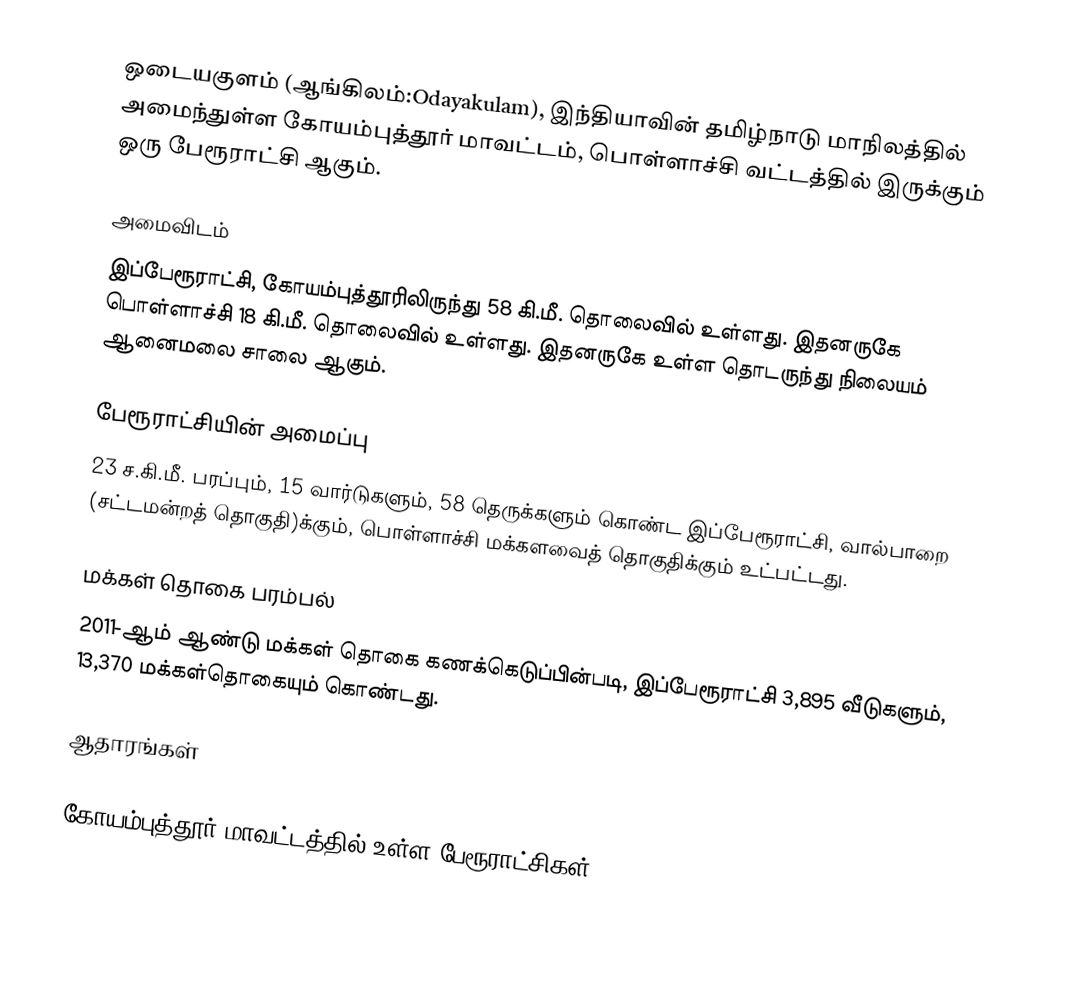
ஒடையகுளம் (ஆங்கிலம்:Odayakulam), இந்தியாவின் தமிழ்நாடு மாநிலத்தில் அமைந்துள்ள கோயம்புத்தூர் மாவட்டம், பொள்ளாச்சி வட்டத்தில் இருக்கும் ஒரு பேரூராட்சி ஆகும்.

அமைவிடம்
இப்பேரூராட்சி, கோயம்புத்தூரிலிருந்து 58 கி.மீ. தொலைவில் உள்ளது. இதனருகே பொள்ளாச்சி 18 கி.மீ. தொலைவில் உள்ளது. இதனருகே உள்ள தொடருந்து நிலையம் ஆனைமலை சாலை ஆகும்.

பேரூராட்சியின் அமைப்பு
23 ச.கி.மீ. பரப்பும், 15 வார்டுகளும், 58 தெருக்களும்  கொண்ட இப்பேரூராட்சி,  வால்பாறை  (சட்டமன்றத் தொகுதி)க்கும், பொள்ளாச்சி மக்களவைத் தொகுதிக்கும் உட்பட்டது.

மக்கள் தொகை பரம்பல்
2011-ஆம் ஆண்டு மக்கள் தொகை கணக்கெடுப்பின்படி,  இப்பேரூராட்சி 3,895 வீடுகளும்,  13,370 மக்கள்தொகையும் கொண்டது.

ஆதாரங்கள்

கோயம்புத்தூர் மாவட்டத்தில் உள்ள பேரூராட்சிகள்